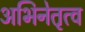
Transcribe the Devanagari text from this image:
अभिनेतृत्व